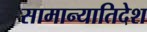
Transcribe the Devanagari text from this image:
सामान्यातिदेश